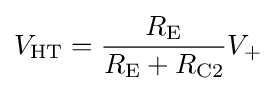
V_{\mathrm {HT} }={\frac {R_{\mathrm {E} }}{R_{\mathrm {E} }+R_{\mathrm {C2} }}}{V_{+}}